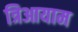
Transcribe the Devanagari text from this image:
त्रिआयाम